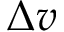
\Delta v